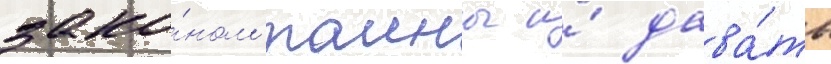
зако́ном таины и́ дава́ть